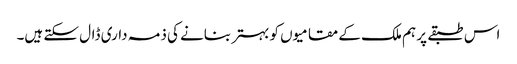
اس طبقے پر ہم ملک کے مقامیوں کو بہتر بنانے کی ذمہ داری ڈال سکتے ہیں۔